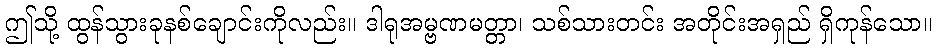
ဤသို့ ထွန်သွားခုနစ်ချောင်းကိုလည်း။ ဒါရုအမ္ဗဏမတ္တာ၊ သစ်သားတင်း အတိုင်းအရှည် ရှိကုန်သော။